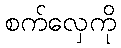
စက်လှေကို